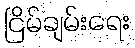
ငြိမ်ချမ်းရေး